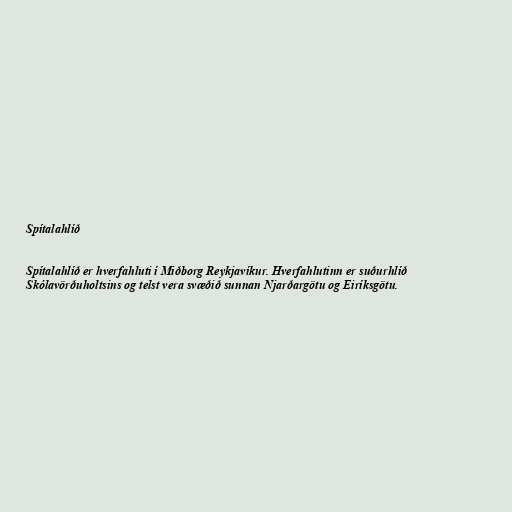
Spítalahlíð

Spítalahlíð er hverfahluti í Miðborg Reykjavíkur. Hverfahlutinn er suðurhlíð
Skólavörðuholtsins og telst vera svæðið sunnan Njarðargötu og Eiríksgötu.